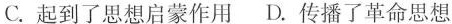
C.起到了思想启蒙作用 D.传播了革命思想